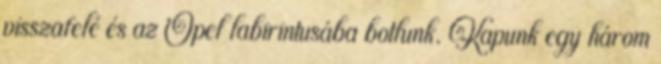
visszafelé és az Opel labirintusába botlunk. Kapunk egy három